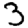
Digit: 3